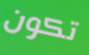
تكون